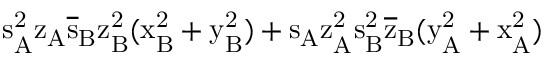
\mathrm { s _ { A } ^ { 2 } \mathrm { z _ { A } \mathrm { \overline { { s } } _ { B } \mathrm { z _ { B } ^ { 2 } ( \mathrm { x _ { B } ^ { 2 } + \mathrm { y _ { B } ^ { 2 } ) + \mathrm { s _ { A } \mathrm { z _ { A } ^ { 2 } \mathrm { s _ { B } ^ { 2 } \mathrm { \overline { { z } } _ { B } ( \mathrm { y _ { A } ^ { 2 } + \mathrm { x _ { A } ^ { 2 } ) } } } } } } } } } } } }